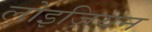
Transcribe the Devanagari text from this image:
लोइज़ियन